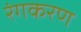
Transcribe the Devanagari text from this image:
रंगकरण